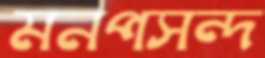
মনপসন্দ